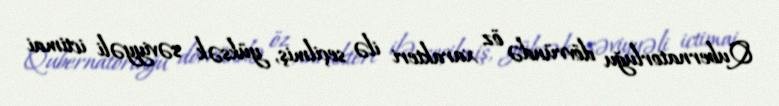
Qubernatorluğu dövründə öz xarakteri ilə seçilmiş, yüksək səviyyəli ictimai